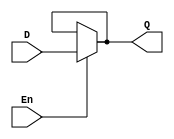
module dlatch_df(Q,D,En);

input En,D;
output Q;

assign Q = En?D:Q;

endmodule